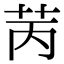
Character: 苪